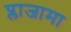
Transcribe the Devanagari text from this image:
प्लाजामा